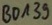
Text: BDA39